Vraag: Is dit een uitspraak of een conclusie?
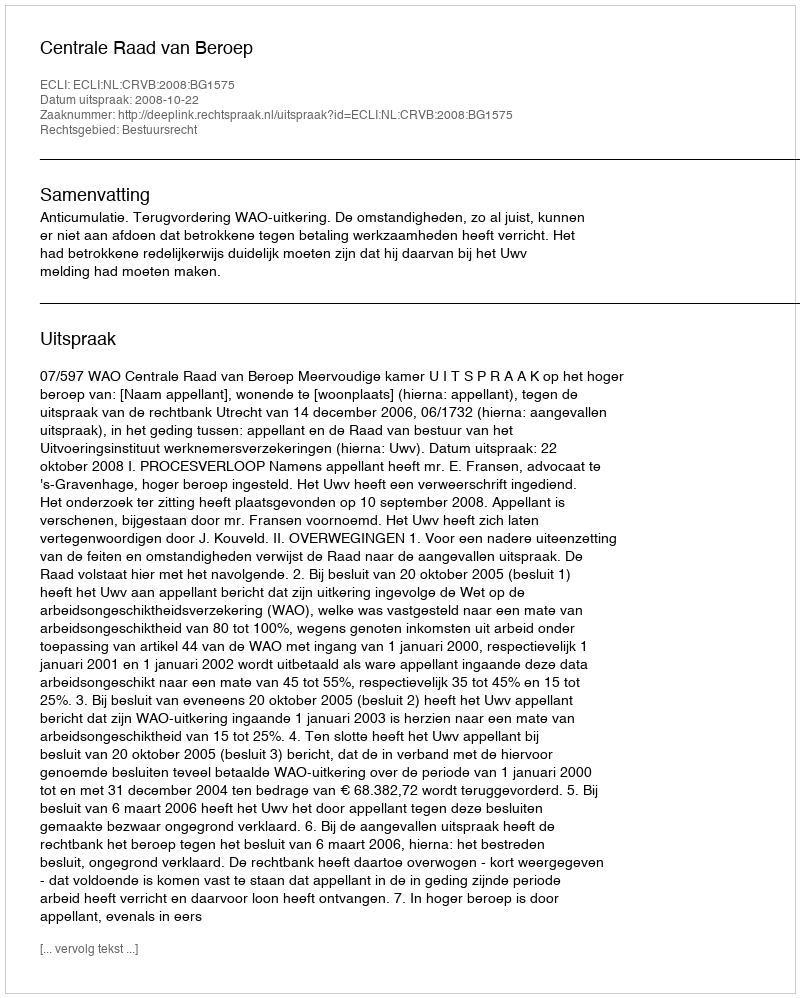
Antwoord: Uitspraak